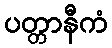
ပတ္တာနီကံ